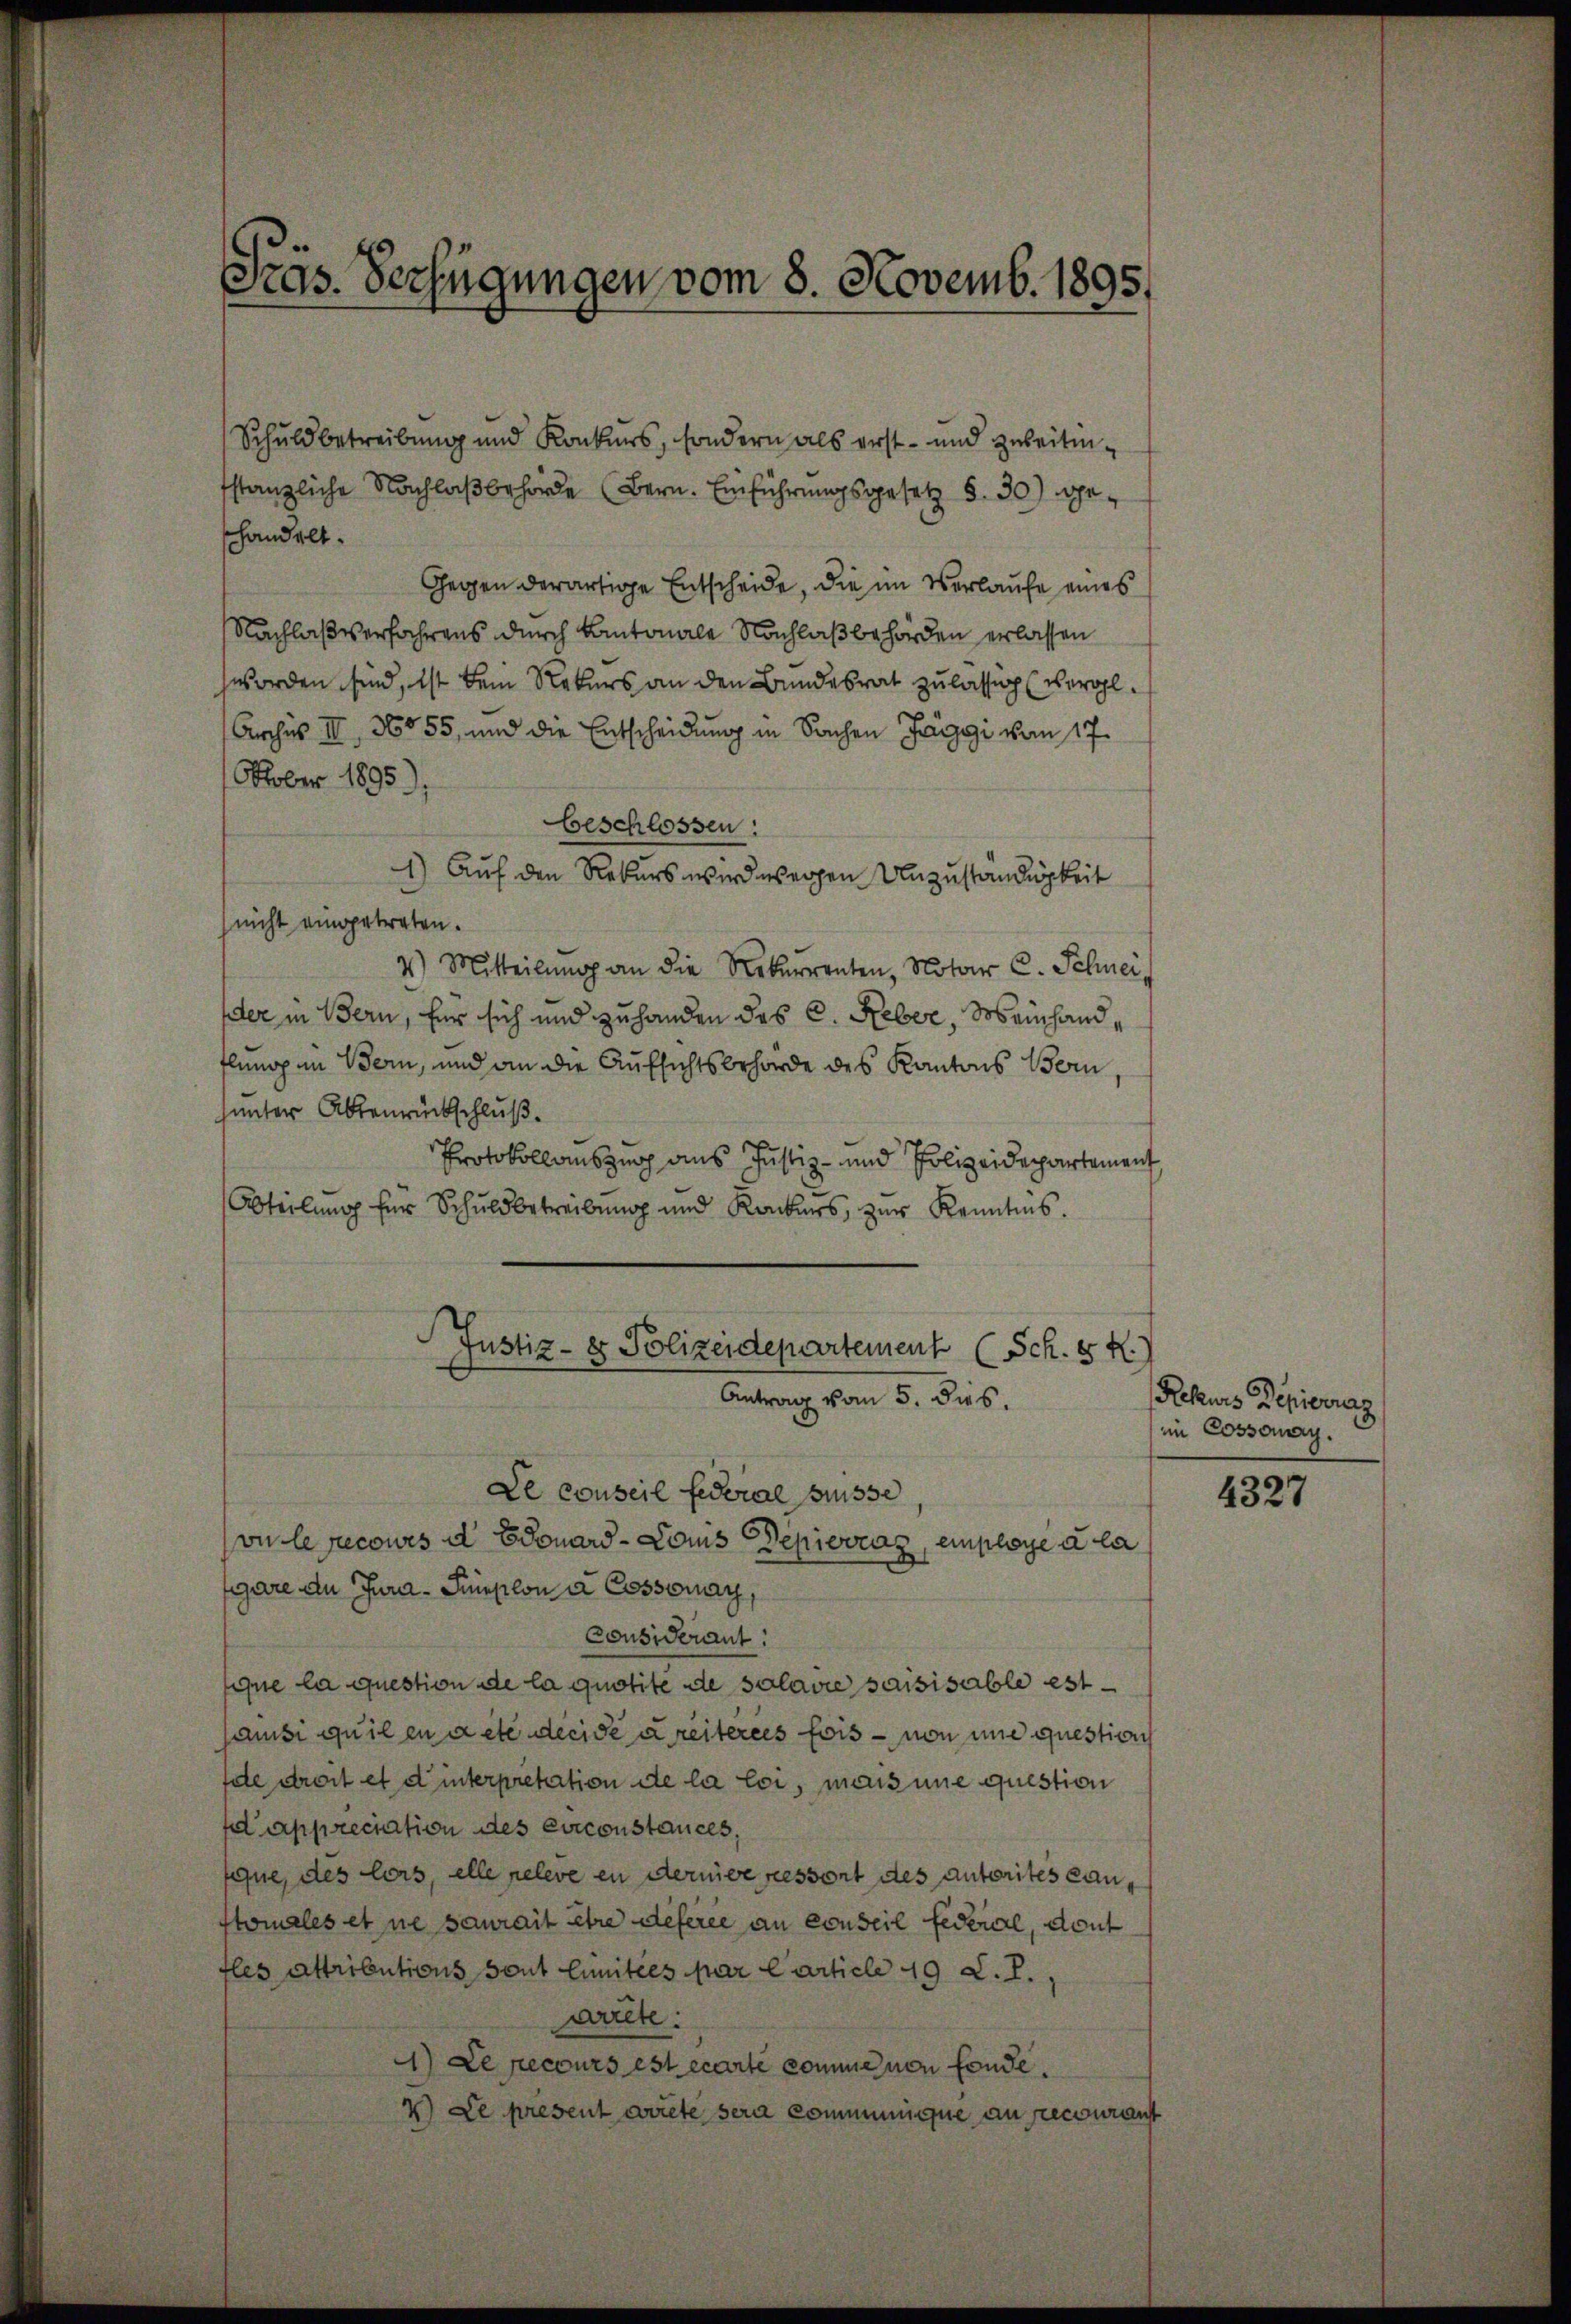
Präs. Verfügungen vom 8. Novemb. 1895.

Schuldbetreibung und Konkurs, sondern als erst- und zweitenfstanzliche Nachlaβbehörde (Bern. Einführungsgesetz §. 30) gehandelt.
Gegen derartige Entscheide, die im Verlaufe eines
Nachlaß verfahrens durch Kantonale Nachlaß behörden erlassen
worden sind, ist dem Rekurs an den Bundesrat zulässig (vergl.
Archis III 36055, und die Entscheidung in Sachen Jaggi von 17.
Nober 1895),
beschlossen:
1) Auf den Rekurs wird wegen Unzuständigkeit
nicht eingetreten.
4.) Mitteilŭng an die Rekurrenten, Notar C. Schnei
der in Bern, für sich und zuhanden des C. Reber, Meinhandflung in Bern, und an die Aufsichtsbehörde des Kantons Bern,
sunter Absenrückschluß
Protokollauszug aus Justiz- und Polizeidepartement
Abteilung für Schuldbetreibung und Konkurs, zur Kenntnis.
Justiz - er Polizeidepartement (Sch. 8 f.)
Antrag vom 5. dies.
Le conseil federial müsse
on le recours d Edouard Lois Depiovraz, einplage à la
segare den Jura-Seplon à Cossonay,
Considerant:
sie la question de la quotite de solanie saisisable est
ansi quilen acte decise dreiteres fois - von une questiven
fele droit et d interpretation de la loi, mais une question
 appreciation des circonstances,
fque, des lors, elle releve en dernieressort des autorites ganftomales et ne saurait être deferee an conseil federal, deut
fles attributions sont limitées par Carticle 19 S. P.
walte:
1) Le recours est écarte comme non fonde.
2) Le present arrete sera communique an recouranst

Rekurs Depierras
im Cossonay.

4327